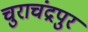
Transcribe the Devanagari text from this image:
चुराचंद्रपुर